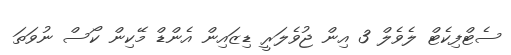
ސެޓްފިކެޓް ލެވެލް 3 އިން ޖުވެލަރީ ޑިޒައިން އެންޑް މޭކިން ކޯސް ނުވަތަ